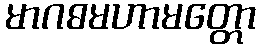
မာဂဓမဟာမတ္တော